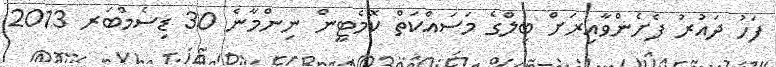
ފަހު ދައުރު ފެށެންވާއިރަށް ބިލްގެ މަސައްކަތް ކޮމެޓީން ނިންމާނެ 30 ޑިސެމްބަރ 2013